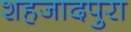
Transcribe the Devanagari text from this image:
शहजादपुरा